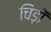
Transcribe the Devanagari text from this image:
चिड़ों